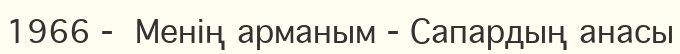
1966 -  Менің арманым - Сапардың анасы